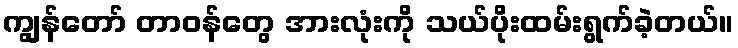
ကျွန်တော် တာဝန်တွေ အားလုံးကို သယ်ပိုးထမ်းရွက်ခဲ့တယ်။